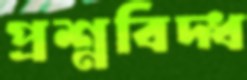
প্রশ্নবিদ্ধ